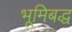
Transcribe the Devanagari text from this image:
भूमिबद्ध